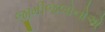
જીમીજલોનોએ